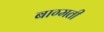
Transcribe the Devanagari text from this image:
बाग्मती